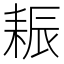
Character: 𦓶